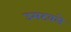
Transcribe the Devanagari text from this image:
उमटवले